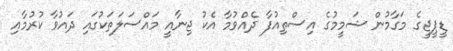
ޑީޕީޖީގެ މަގާމުން ޝަމީމުގެ އިސްތިއުފާ ދެއްވުމާ އެކު ޖިނާއީ މައްސަލަތަކުގައި ދައުވާ ކުރުމާއި